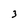
Character: 3